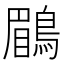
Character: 鶥